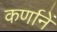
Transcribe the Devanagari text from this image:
कर्णानें